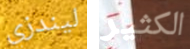
ليندزي الكثير